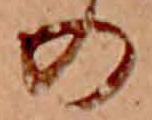
の